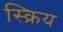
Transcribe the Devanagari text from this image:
स्क्रिय